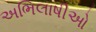
અભિલાષીઓ